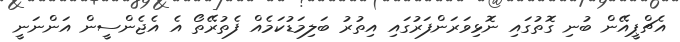
އެޗްޕީއޭން ބުނި ގޮތުގައި ނޮޅިވަރަންފަރުގައި އިތުރު ބަލިމަޑުކަމެއް ފެތުރޭތޯ އެ އެޖެންސީން އަންނަނީ